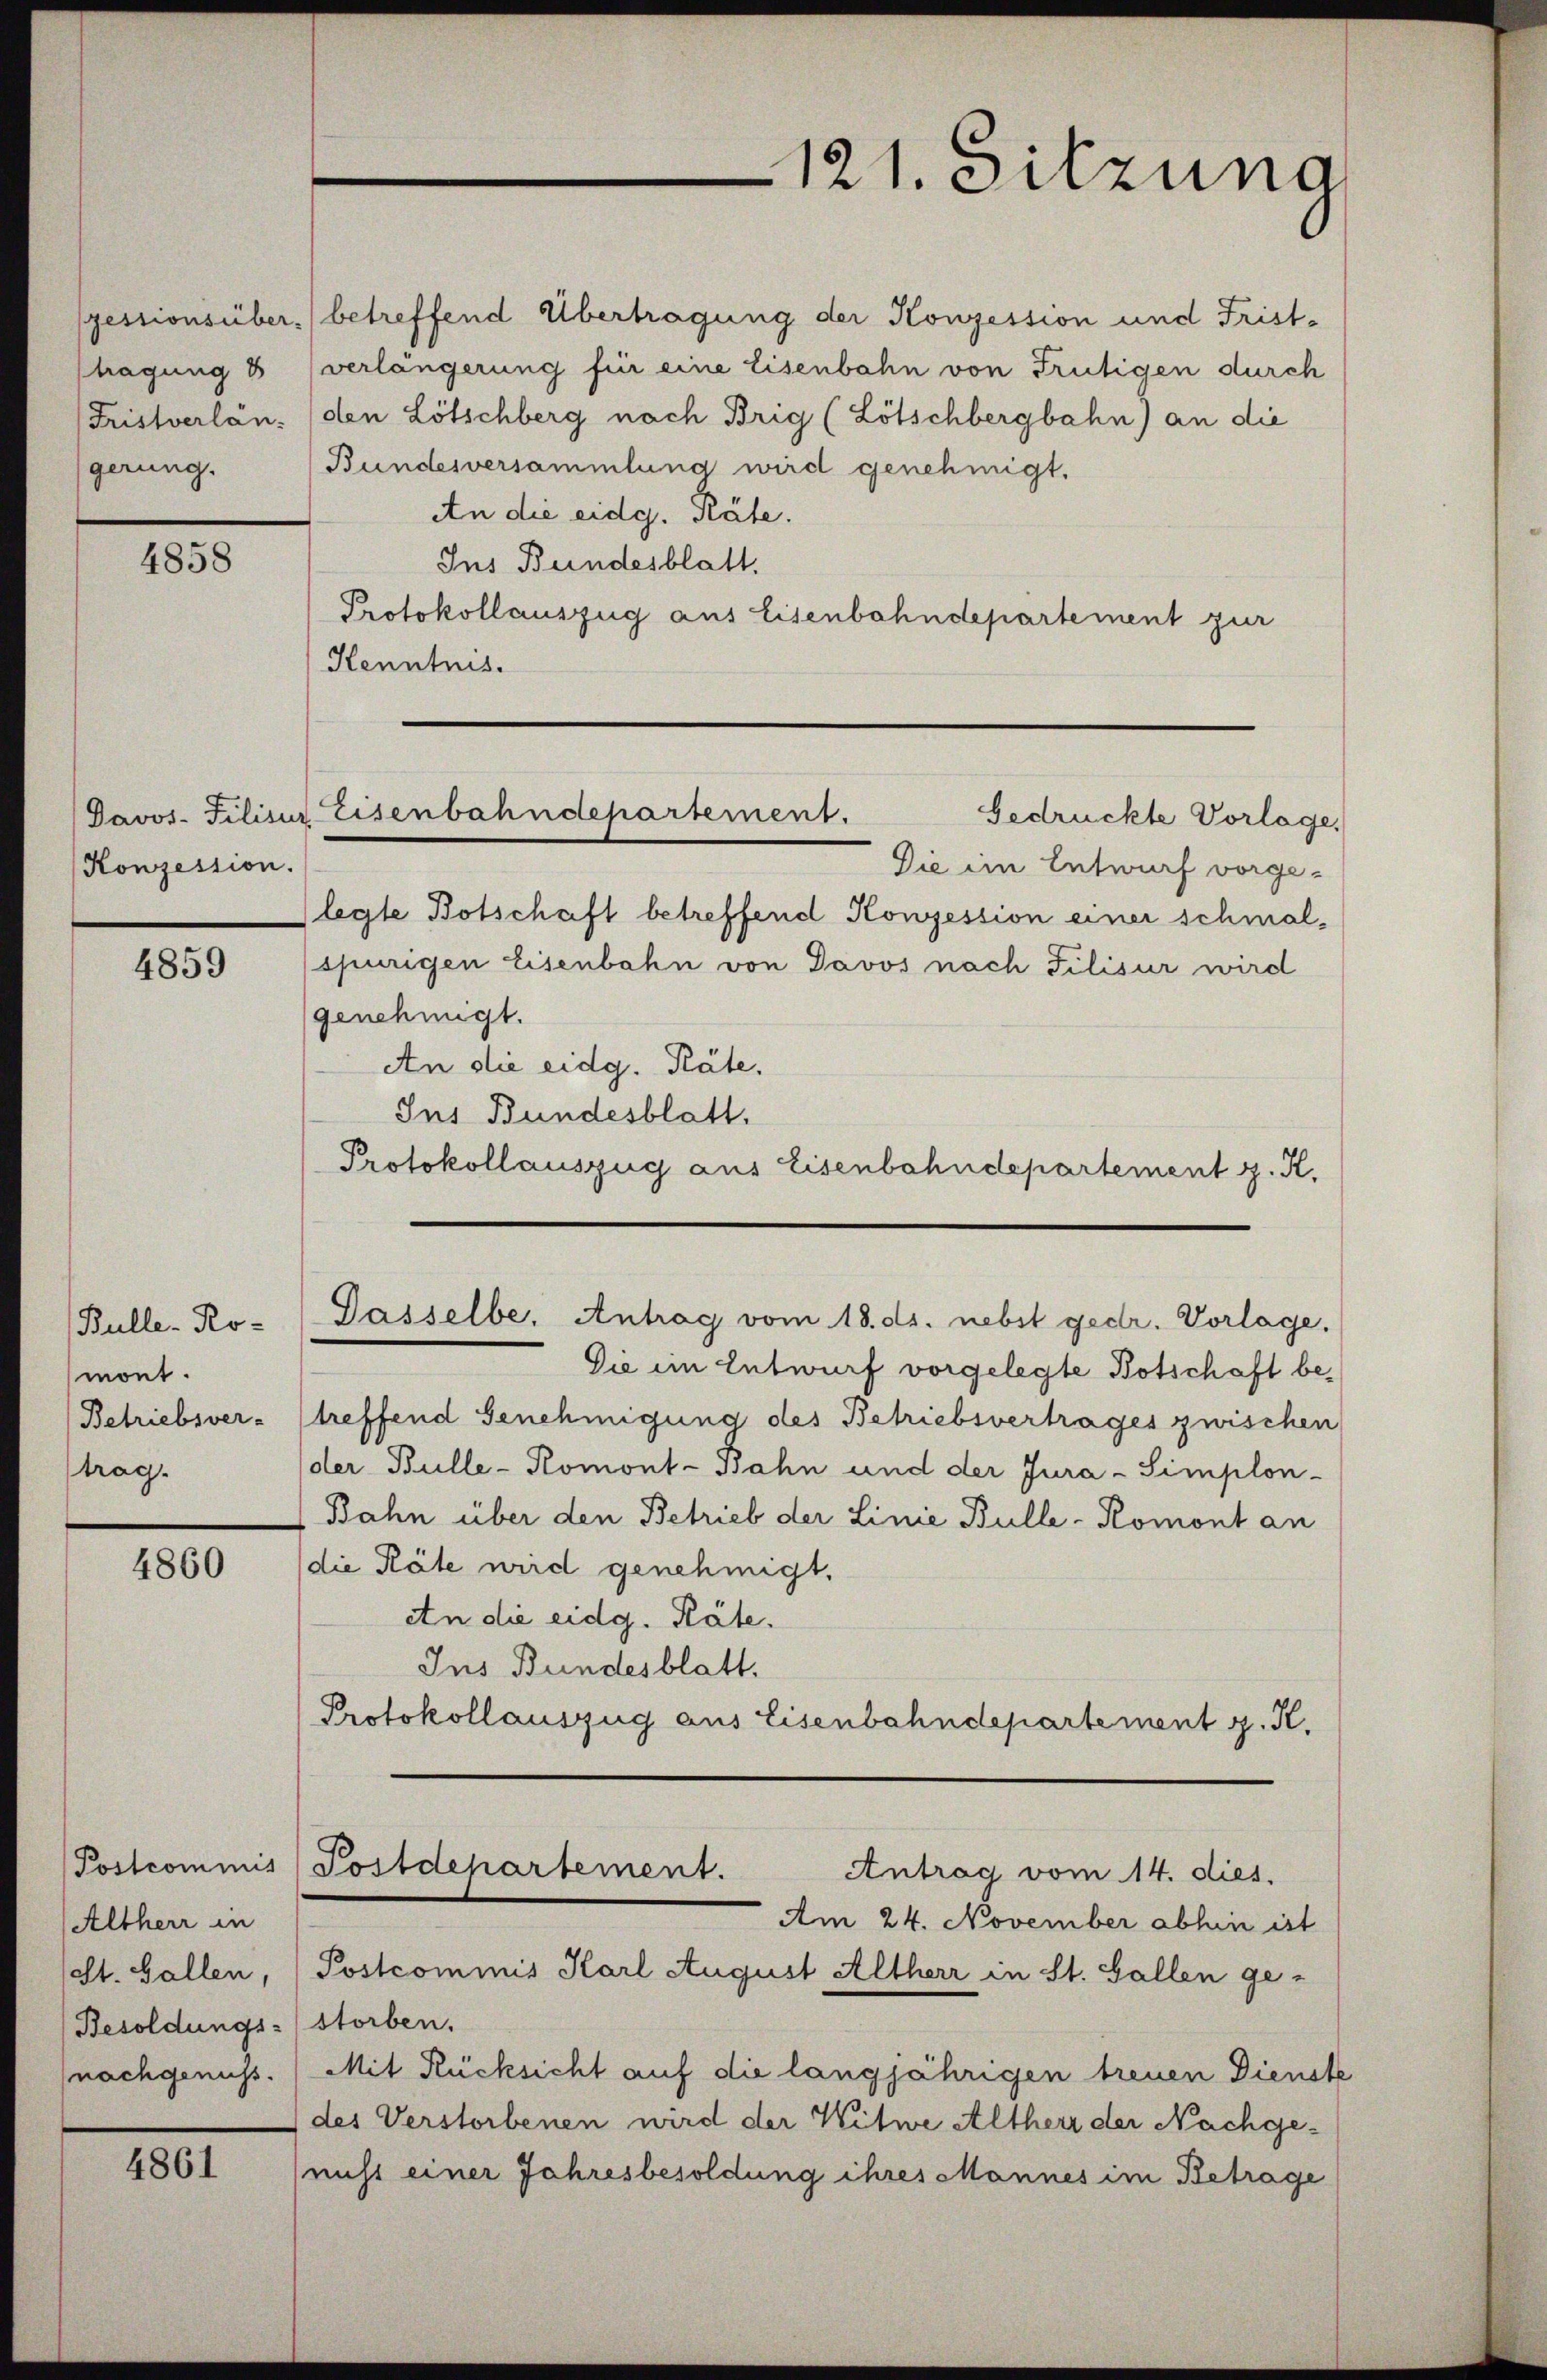
tragung 8
gerung.

4858

Konzession.

4859

Bulle-Ro-
mont.
(Betriebsver-
trag.

4860

Altherr in
est. Gallen,
Besoldungs-storben.

4861

pessionsüber betreffend Übertragung der Konzession und Fristverlängerung für eine Eisenbahn von Frutigen durch
Fristverlän. (den Lötschberg nach Brig (Lötschbergbahn) an die
Bundesversammlung wird genehmigt.
An die eidg. Räte.
Ins Bundesblatt.
Protokollauszug aus Eisenbahndepartement zur
Kenntnis.

Davos- Filisur Eisenbahndepartement.
Gedrückte Vorlage,

121. Sitzung

Gasselbe, Antrag vom 18. ds. nebst gedr. Vorlage.

Die im Entwurf vorge-
legte Botschaft betreffend Konzession einer schmal-
spurigen Eisenbahn von Davos nach Tilisur wird
genehmigt.
An die eidg. Pläte.
Ins Bundesblatt.
Protokollauszug aus Eisenbahndepartement z. K.

Postcommis (Postdepartement.
Antrag vom 14. dies.
Am 24. November abhin ist

Postcommnis Karl August Altherr in St. Gallen ge-

Die im Entwurf vorgelegte Botschaft betreffend Genehmigung des Betriebsvertrages zwischen
der Bulle-Komont-Bahn und der Jura-Simplon-
Bahn über den Betrieb der Linie Bulle-Romont an
die Räte wird genehmigt.
An die eidg. Päte.
Ins Bundesblatt.
Protokollauszug aus Eisenbahndepartement z. K.

(nachgenuss. (Mit Rücksicht auf die langjährigen treuen Dienste
(des Verstorbenen wird der Witwe Altherr der Nachge-
(nicht einer Jahresbesoldung ihres Mannes im Betrage